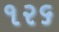
૧ર૬